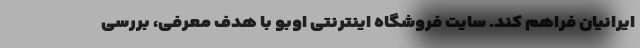
ایرانیان فراهم کند. سایت فروشگاه اینترنتی اوبو با هدف معرفی، بررسی